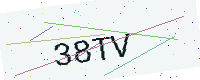
Text: 38TV